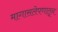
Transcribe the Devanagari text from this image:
मागासलेपणातून